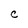
Character: C